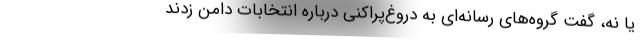
یا نه، گفت گروه‌های رسانه‌ای به دروغ‌پراکنی درباره انتخابات دامن زدند